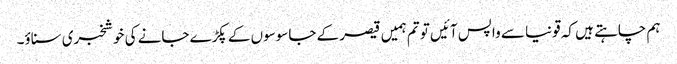
ہم چاہتے ہیں کہ قونیا سے واپس آئیں تو تم ہمیں قیصر کے جاسوسوں کے پکڑے جانے کی خوشخبری سناؤ۔